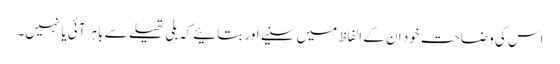
اس کی وضاحت خود ان کے الفاظ میں سنیے اور بتائیے کہ بلی تھیلے سے باہر آئی یا نہیں۔